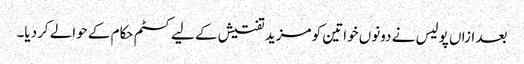
بعد ازاں پولیس نے دونوں خواتین کو مزید تفتیش کے لیے کسٹم حکام کے حوالے کردیا۔